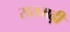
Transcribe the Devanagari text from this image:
सतमढ़ी